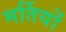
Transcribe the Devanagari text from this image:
मर्तियों